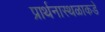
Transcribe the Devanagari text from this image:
प्रार्थनास्थळाकडे